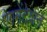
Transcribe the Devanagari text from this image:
ऐगमेंटेशन